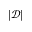
| \mathcal D |